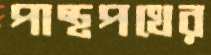
পান্থপথের